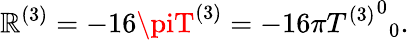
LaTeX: \mathbb{R}^{(3)}=-16\piT^{(3)}=-16\pi{{T^{(3)}}^{0}}_{0}.